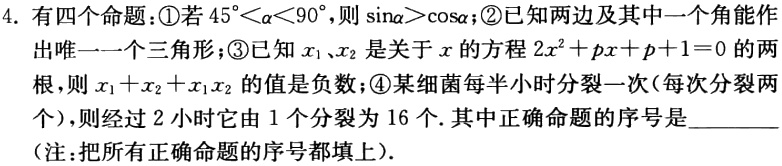
4. 有四个命题：\textcircled{1}若\(45^{\circ}<\alpha<90^{\circ}\)，则\(\sin\alpha>\cos\alpha\)；\textcircled{2}已知两边及其中一个角能作出唯一一个三角形；\textcircled{3}已知\(x_1\)、\(x_2\)是关于\(x\)的方程\(2x^{2}+px + p + 1 = 0\)的两根，则\(x_1 + x_2 + x_1x_2\)的值是负数；\textcircled{4}某细菌每半小时分裂一次（每次分裂两个），则经过\(2\)小时它由\(1\)个分裂为\(16\)个. 其中正确命题的序号是_________（注：把所有正确命题的序号都填上）.